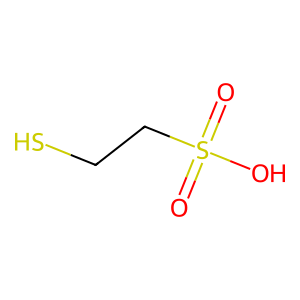
SMILES: O=S(=O)(O)CCS
Inhibits HIV replication: No